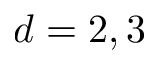
d = 2 , 3